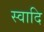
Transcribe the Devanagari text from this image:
स्वादि